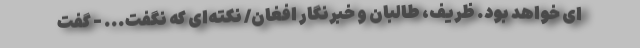
ای خواهد بود. ظریف، طالبان و خبرنگار افغان/ نکته‌ای که نگفت... - گفت